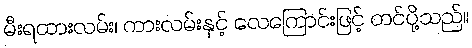
မီးရထားလမ်း၊ ကားလမ်းနှင့် လေကြောင်းဖြင့် တင်ပို့သည်။